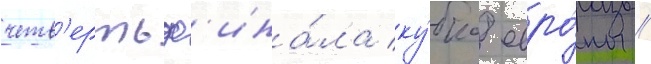
четв'ертьф'ина́ла ку́бка евро́пы /